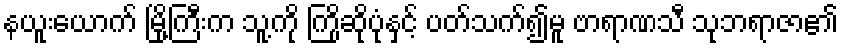
နယူးယောက် မြို့ကြီးက သူ့ကို ကြိုဆိုပုံနှင့် ပတ်သက်၍မူ ဗာရာဏသီ သုဘရာဇာ၏